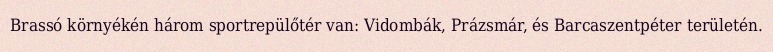
Brassó környékén három sportrepülőtér van: Vidombák, Prázsmár, és Barcaszentpéter területén.